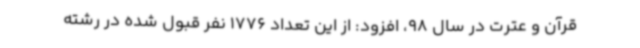
قرآن و عترت در سال 98، افزود: از این تعداد 1776 نفر قبول شده در رشته